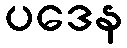
ပဒေန